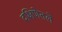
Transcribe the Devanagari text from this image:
दक्षिणेतले